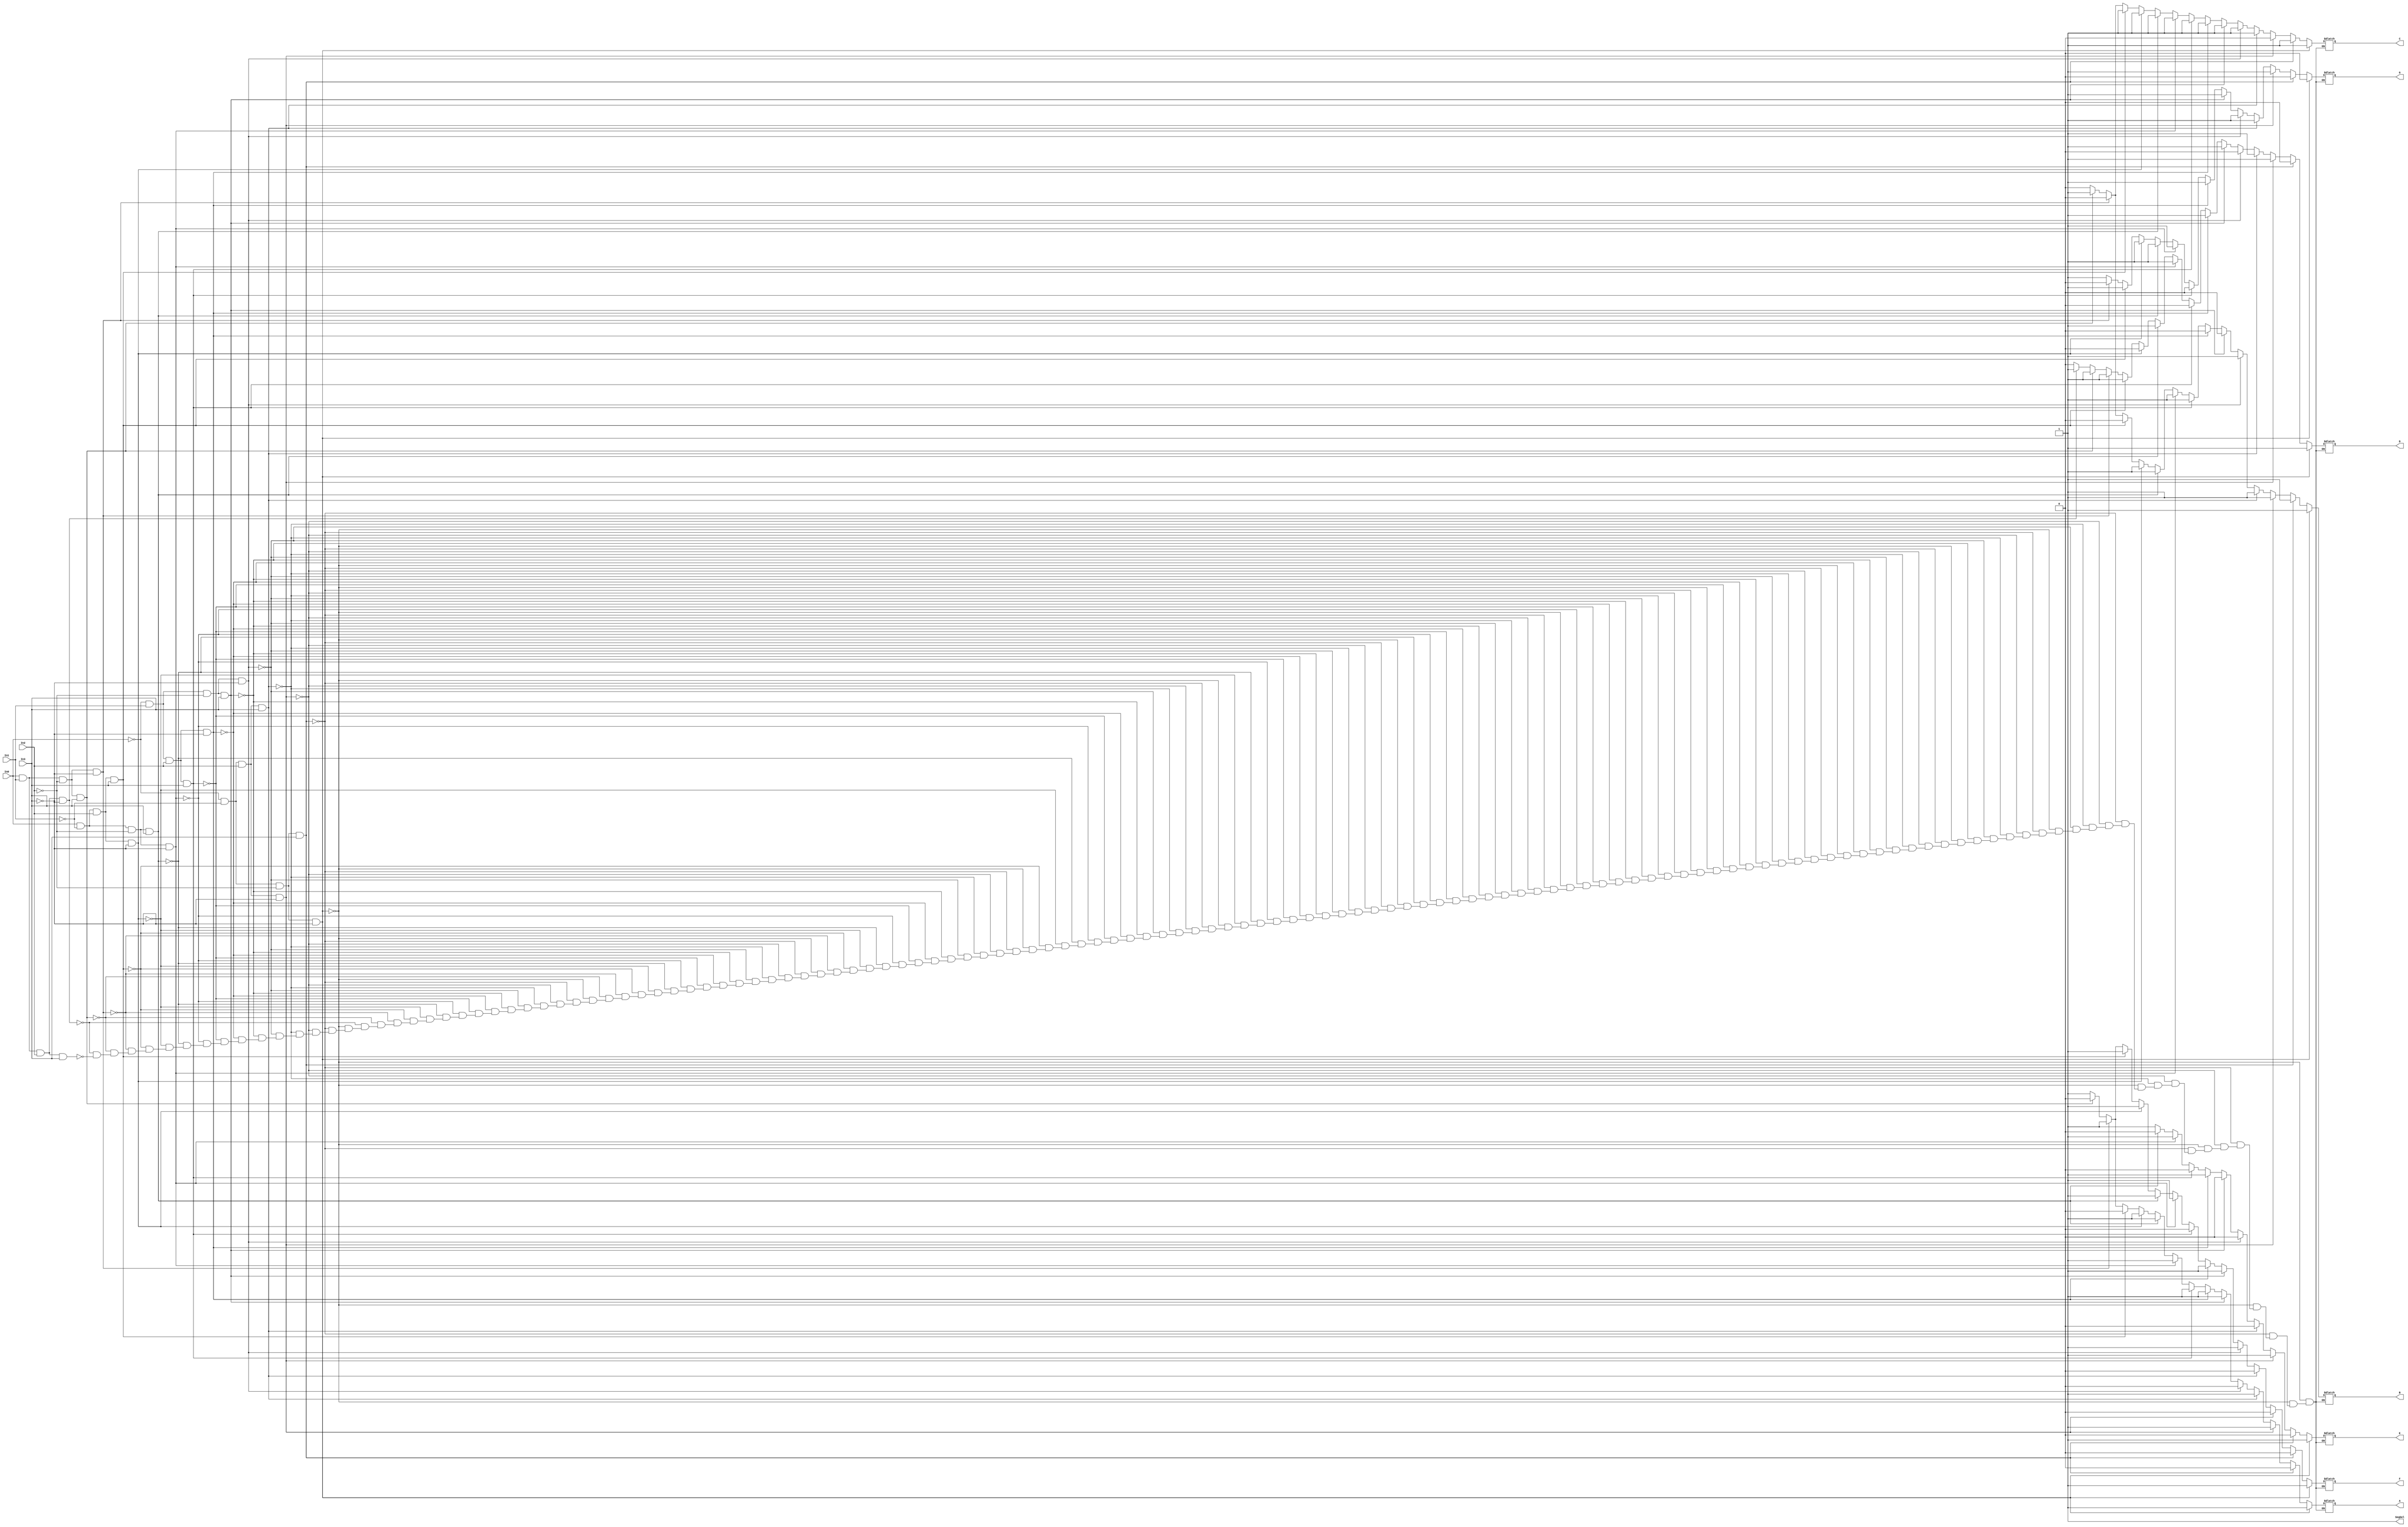
`timescale 1ns / 1ps
//////////////////////////////////////////////////////////////////////////////////
// Company: 
// Engineer: 
// 
// Design Name: 
// Module Name:    Seven_Seg_Display 
// Project Name: 
// Target Devices: 
// Tool versions: 
// Description: 
//
// Dependencies: 
//
// Revision: 
// Revision 0.01 - File Created
// Additional Comments: 
//
//////////////////////////////////////////////////////////////////////////////////
module Seven_Seg_Display(In0, In1, In2, In3, SegSel, A, B, C, D, E, F, G);

	input In0, In1, In2, In3;
	output SegSel, A, B, C, D, E, F, G;
	reg SegSel, A, B, C, D, E, F, G;
	
	always@(In0, In1, In2, In3) begin 
	
		SegSel = 1;
		
		if (In0 == 0 && In1 == 0 && In2 ==0 && In3 == 0) //0000 = 0
			begin
			A = 1; B = 1; C = 1; D = 1; E = 1; F = 1; G= 0;
			end
		else if (In0 == 0 && In1 == 0 && In2 ==0 && In3 == 1) //0001 = 1
			begin
			A = 0; B = 1; C = 1; D = 0; E = 0; F = 0; G= 0;
			end
		else if (In0 == 0 && In1 == 0 && In2 == 1 && In3 == 0) //0010 = 2
			begin
			A = 1; B = 1; C = 0; D = 1; E = 1; F = 0; G= 1;
			end
		else if (In0 == 0 && In1 == 0 && In2 ==1 && In3 == 1) //0011 = 3
			begin
			A = 1; B = 1; C = 1; D = 1; E = 0; F = 0; G= 1;
			end
		else if (In0 == 0 && In1 == 1 && In2 ==0 && In3 == 0) //0100 = 4
			begin
			A = 0; B = 1; C = 1; D = 0; E = 0; F = 1; G= 1;
			end
		else if (In0 == 0 && In1 == 1 && In2 ==0 && In3 == 1) //0101 = 5
			begin
			A = 1; B = 0; C = 1; D = 1; E = 0; F = 1; G= 1; 
			end
		else if (In0 == 0 && In1 == 1 && In2 ==1 && In3 == 0) //0110 = 6
			begin
			A = 1; B = 0; C = 1; D = 1; E = 1; F = 1; G= 1;
			end
		else if (In0 == 0 && In1 == 1 && In2 ==1 && In3 == 1) //0111 = 7
			begin
			A = 1; B = 1; C = 1; D = 0; E = 0; F = 0; G= 0;
			end
		else if (In0 == 1 && In1 == 0 && In2 ==0 && In3 == 0) //1000 = 8
			begin
			A = 1; B = 1; C = 1; D = 1; E = 1; F = 1; G= 1;
			end
		else if (In0 == 1 && In1 == 0 && In2 ==0 && In3 == 1) //1001 = 9
			begin
			A = 1; B = 1; C = 1; D = 1; E = 0; F = 1; G= 1;
			end
		else if (In0 == 1 && In1 == 0 && In2 ==1 && In3 == 0) //1010 = A
			begin
			A = 1; B = 1; C = 1; D = 0; E = 1; F = 1; G= 1;
			end
		else if (In0 == 1 && In1 == 0 && In2 ==1 && In3 == 1) //1011 = B
			begin
			A = 0; B = 0; C = 1; D = 1; E = 1; F = 1; G= 1;
			end
		else if (In0 == 1 && In1 == 1 && In2 ==0 && In3 == 0) //1100 = C
			begin
			A = 1; B = 0; C = 0; D = 1; E = 1; F = 1; G= 0;
			end
		else if (In0 == 1 && In1 == 1 && In2 ==0 && In3 == 1) //1101 = D
			begin
			A = 0; B = 1; C = 1; D = 1; E = 1; F = 0; G= 1;
			end
		else if (In0 == 1 && In1 == 1 && In2 ==1 && In3 == 0) //1110 = E
			begin
			A = 1; B = 0; C = 0; D = 1; E = 1; F = 1; G= 1;
			end
		else if (In0 == 1 && In1 == 1 && In2 ==1 && In3 == 1) //1111 = F
			begin
			A = 1; B = 0; C = 0; D = 0; E = 1; F = 1; G= 1;
			end
	end
			
endmodule